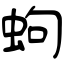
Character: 蚼